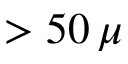
> 5 0 \, \mu